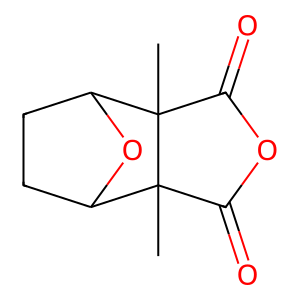
SMILES: CC12C(=O)OC(=O)C1(C)C1CCC2O1
Inhibits HIV replication: No